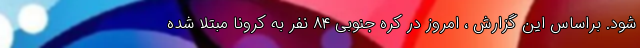
شود. براساس این گزارش ، امروز در کره جنوبی ۸۴ نفر به کرونا مبتلا شده